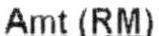
AMT(RM)